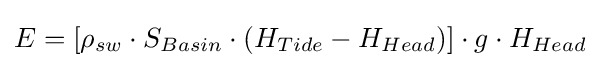
E=[\rho _{sw}\cdot S_{Basin}\cdot (H_{Tide}-H_{Head})]\cdot g\cdot H_{Head}